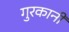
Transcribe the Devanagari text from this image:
गुरकानी